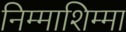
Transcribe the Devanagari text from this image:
निम्माशिम्मा